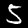
Label: 5